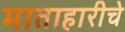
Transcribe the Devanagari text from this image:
माताहारीचे